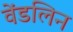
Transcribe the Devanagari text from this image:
वेंडलिन